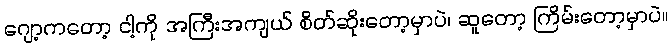
ဂျော့ကတော့ ငါ့ကို အကြီးအကျယ် စိတ်ဆိုးတော့မှာပဲ၊ ဆူတော့ ကြိမ်းတော့မှာပဲ။